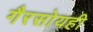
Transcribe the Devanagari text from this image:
गैरसोयही